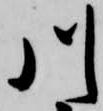
川